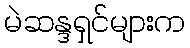
မဲဆန္ဒရှင်များက